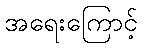
အရေးကြောင့်